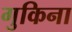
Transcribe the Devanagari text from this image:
गुकिना